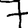
Digit: 7